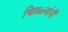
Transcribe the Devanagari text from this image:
चितळ्यांनी